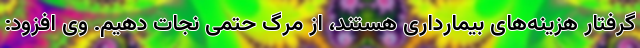
گرفتار هزینه‌های بیمارداری هستند، از مرگ حتمی نجات دهیم. وی افزود: